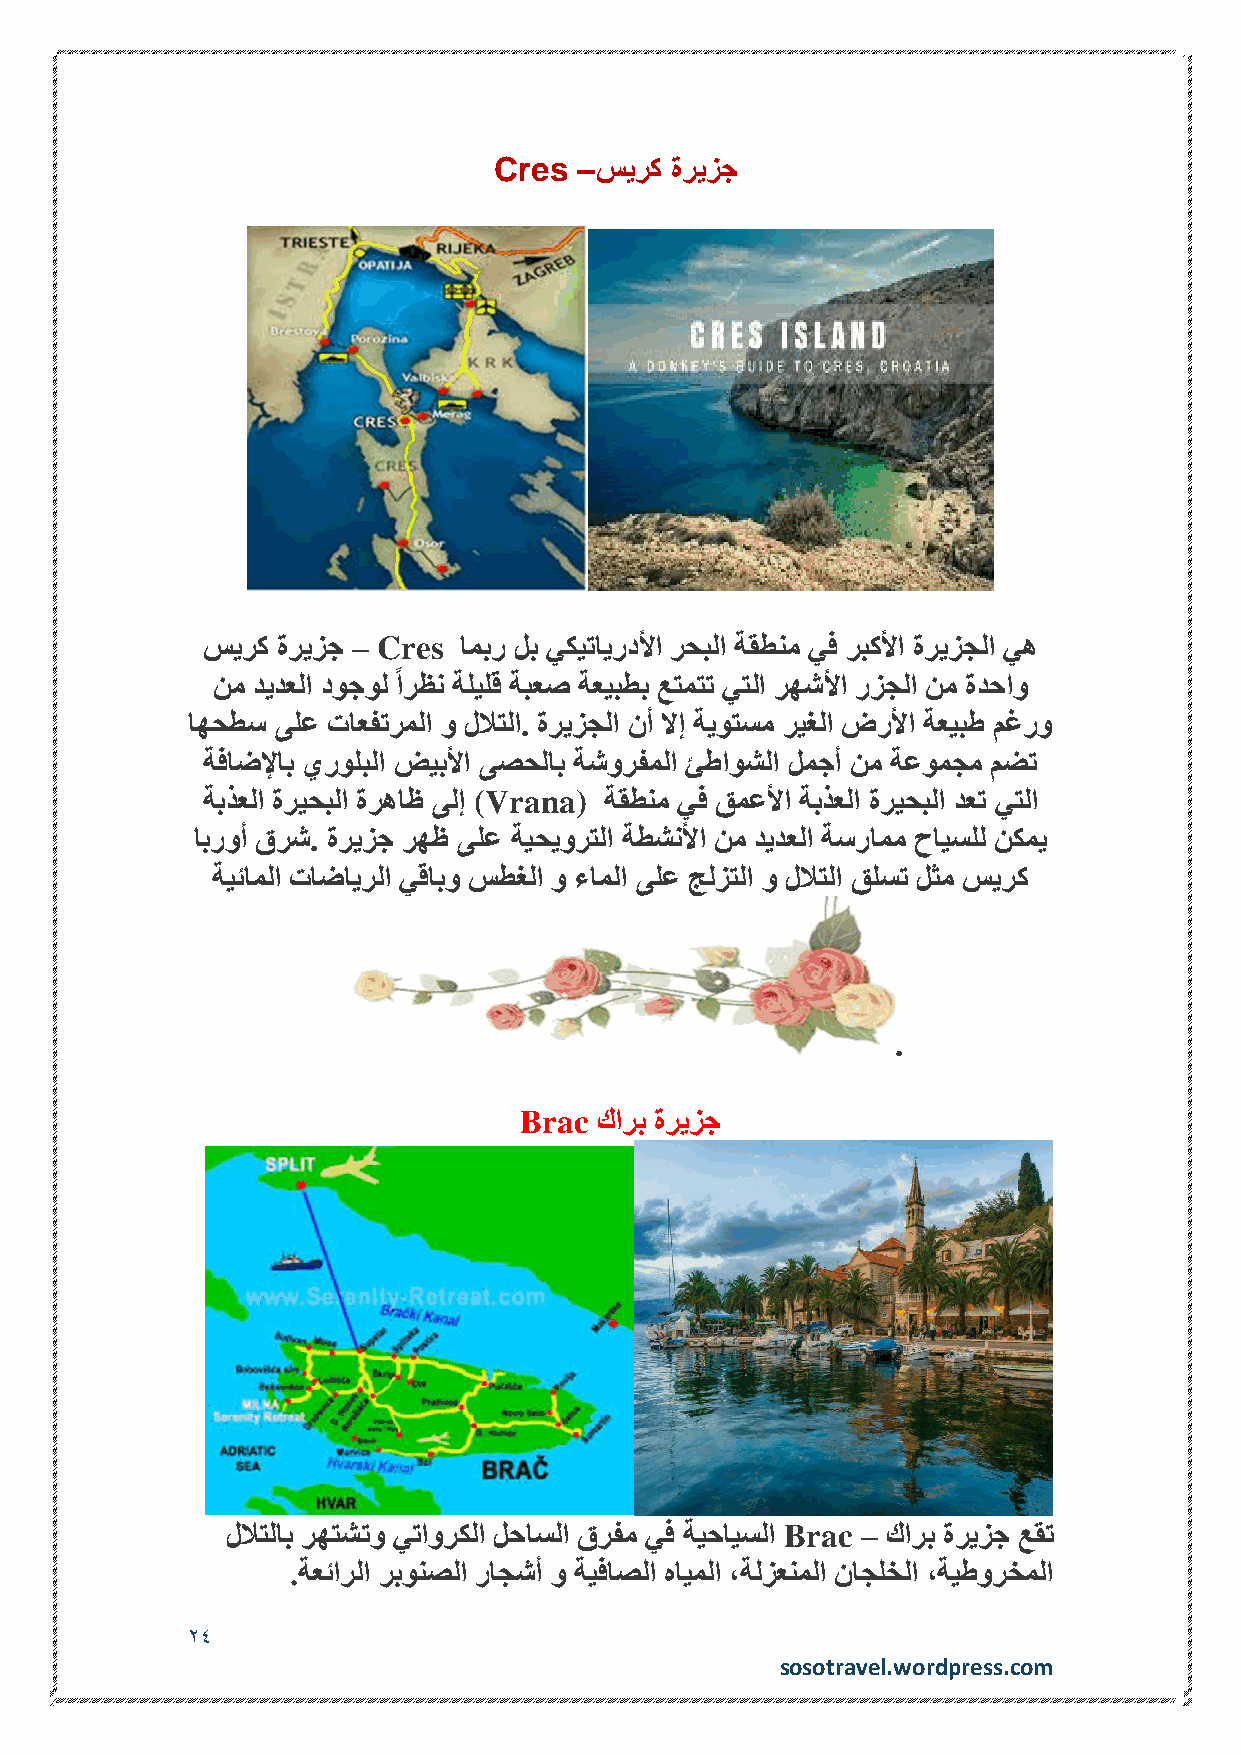
Cres –سيرك ةريزج
 سيرك ةريزج – Cres امبر لب يكيتايردلأا رحبلا ةقطنم يف ربكلأا ةريزجلا يه
 نم ديدعلا دوجول ًارظن ةليلق ةبعص ةعيبطب عتمتت يتلا رهشلأا رزجلا نم ةدحاو
 اهحطس ىلع تاعفترملا و للاتلا. ةريزجلا نأ لاإ ةيوتسم ريغلا ضرلأا ةعيبط مغرو
 ةفاضلإاب يرولبلا ضيبلأا ىصحلاب ةشورفملا ئطاوشلا لمجأ نم ةعومجم مضت
 ةبذعلا ةريحبلا ةرهاظ ىلإ (Vrana) ةقطنم يف قمعلأا ةبذعلا ةريحبلا دعت يتلا
 ابروأ قرش. ةريزج رهظ ىلع ةيحيورتلا ةطشنلأا نم ديدعلا ةسرامم حايسلل نكمي
 ةيئاملا تاضايرلا يقابو سطغلا و ءاملا ىلع جلزتلا و للاتلا قلست لثم سيرك
 .
 Brac كارب ةريزج
 للاتلاب رهتشتو يتاوركلا لحاسلا قرفم يف ةيحايسلا Brac – كارب ةريزج عقت
 .ةعئارلا ربونصلا راجشأ و ةيفاصلا هايملا ،ةلزعنملا ناجلخلا ،ةيطورخملا
 24
 sosotravel.wordpress.com